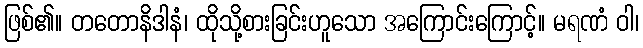
ဖြစ်၏။ တတောနိဒါနံ၊ ထိုသို့စားခြင်းဟူသော အကြောင်းကြောင့်။ မရဏံ ဝါ၊